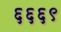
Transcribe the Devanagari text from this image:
६६६९